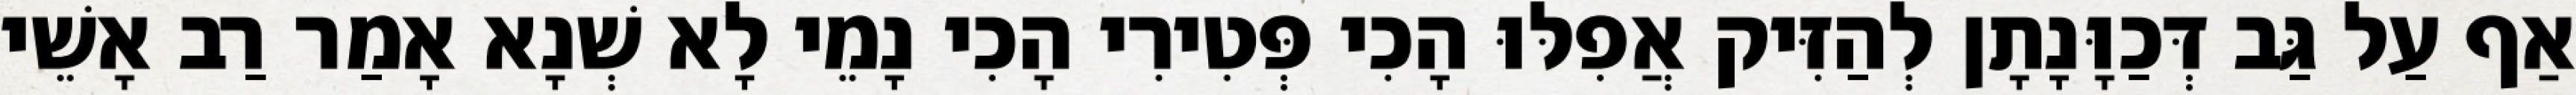
אַף עַל גַּב דְּכַוָּנָתָן לְהַזִּיק אֲפִלּוּ הָכִי פְּטִירִי הָכִי נָמֵי לָא שְׁנָא אָמַר רַב אָשֵׁי